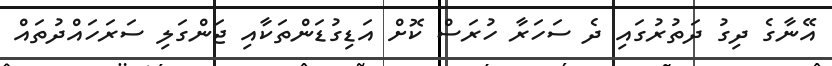
އޭނާގެ ދިގު ދަތުރުގައި ދެ ސަހަރާ ހުރަސް ކޮށް އަޑިގުޑަންތަކާއި ޖަންގަލި ސަރަހައްދުތައް